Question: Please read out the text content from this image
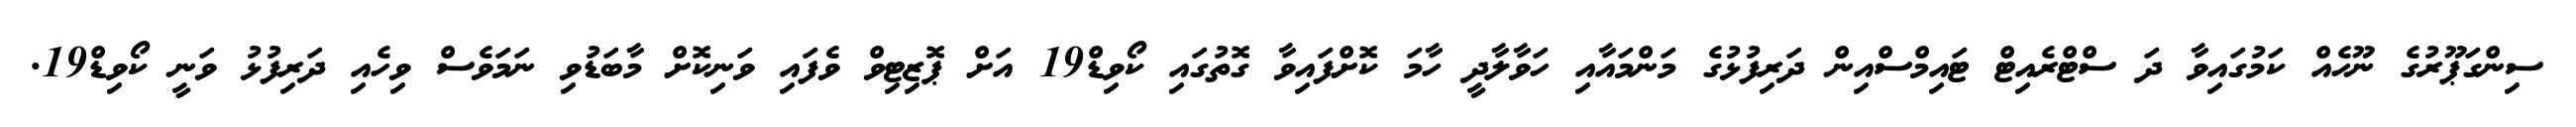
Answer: ސިންގަޕޫރުގެ ނޫހެއް ކަމުގައިވާ ދަ ސްޓްރެއިޓް ޓައިމްސްއިން ދަރިފުޅުގެ މަންމައާއި ހަވާލާދީ ހާމަ ކޮށްފައިވާ ގޮތުގައި ކޯވިޑް19 އަށް ޕޮޒިޓިވް ވެފައި ވަނިކޮށް މާބަޑުވި ނަމަވެސް ވިހެއި ދަރިފުޅު ވަނީ ކޯވިޑް19.